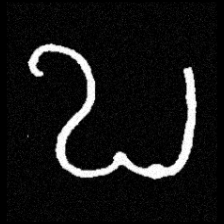
Pyu character \u2014 Myanmar letter: ဎ (romanized: ddha)